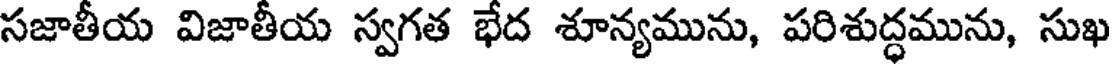
సజాతీయ విజాతీయ స్వగత భేద శూన్యమును, పరిశుద్ధమును, సుఖ